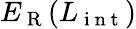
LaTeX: E_{\mathrm{~R~}}(L_{\mathrm{~i~n~t~}})